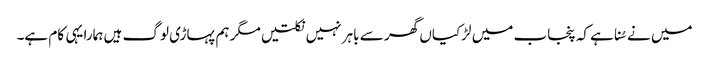
میں نے سُنا ہے کہ پنجاب میں لڑکیاں گھر سے باہر نہیں نکلتیں مگر ہم پہاڑی لوگ ہیں ہمارا یہی کام ہے۔